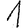
Digit: 1